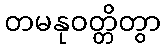
တမနုဝတ္တိတွာ